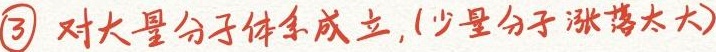
\textcircled{3} 对大量分子体系成立，(少量分子涨落太大)